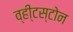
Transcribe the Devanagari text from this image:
व्ही्टस्टोन